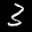
Label: 3